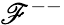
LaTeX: \mathscr{F}^{--}